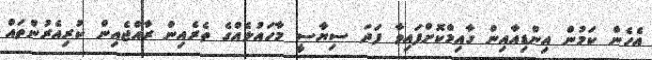
އެހެން ކަމުން އިންޑިއާއިން ގާއިމްކޮށްފައިވާ ފަދަ ސިޔާސީ މާހައުލެއްގެ ތެރެއިން ރާއްޖެއިން ކުރިއެރުންތައް